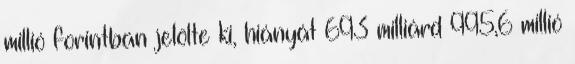
millió forintban jelölte ki, hiányát 693 milliárd 995,6 millió